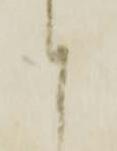
と